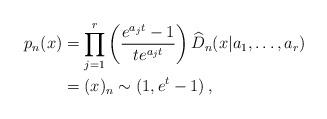
LaTeX: \begin{align*}p_n(x)&=\prod_{j=1}^r\left(\frac{e^{a_j t}-1}{t e^{a_j t}}\right)\widehat D_n(x|a_1,\dots,a_r)\\&=(x)_n\sim(1,e^t-1)\,,\end{align*}